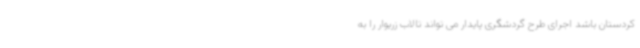
کردستان باشد اجرای طرح گردشگری پایدار می تواند تالاب زریوار را به